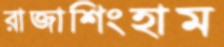
রাজাশিংহাম